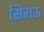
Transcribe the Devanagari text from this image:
सिराऊ